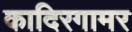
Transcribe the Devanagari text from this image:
कादिरगामर